Vaccination North-Western Provinces 1866-1877 - 1866-1877
Year: 1866
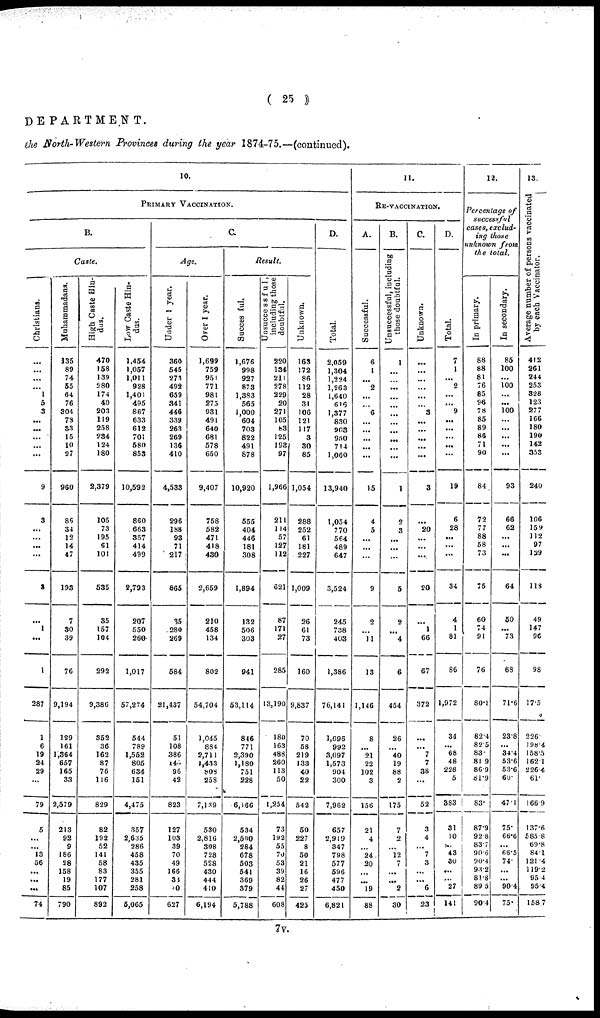
( 25 )
DEPARTMENT.
the North-Western Provinces during the year 1874-75.—(continued).
10.
PRIMARY VACCINATION.
B.
Caste.
Christians.
...
...
...
...
1
5
3
...
...
...
...
...
9
3
...
...
...
...
3
...
1
...
1
287
1
6
19
24
29
...
79
5
...
...
13
56
...
...
...
74
Muhammadans.
135
89
74
55
64
76
304
78
33
15
10
27
960
86
34
12
14
47
193
7
30
39
76
9,194
199
161
1,364
657
165
33
2,579
213
92
9
186
28
158
19
85
790
High Caste Hin-
dus.
470
158
139
280
174
40
203
119
258
234
124
180
2,379
105
73
195
61
101
535
35
157
104
292
9,386
352
36
162
87
76
116
829
82
192
52
141
58
83
177
107
892
Low Caste Hin-
dus.
1,454
1,057
1,011
928
1,401
495
867
633
612
701
580
853
10,592
860
663
357
414
499
2,793
207
550
260
1,017
57,274
544
789
1,552
805
634
151
4,475
357
2,635
286
458
435
355
281
258
5,065
C.
Age.
Under 1 year.
360
545
273
492
659
341
446
339
263
269
136
410
4,533
296
188
93
71
217
865
35
280
269
584
21,437
51
108
386
140
96
42
823
127
103
39
70
49
166
33
40
627
Over 1 year.
1,699
759
951
771
981
275
931
491
640
681
578
650
9,407
758
582
471
418
430
2,659
210
458
134
802
54,704
1,045
884
2,711
1,433
808
258
7,139
530
2,816
308
728
528
430
444
410
6,194
Result.
Succesful.
1,676
998
927
873
1,383
565
1,000
604
703
822
491
878
10,920
555
404
446
181
308
1,894
132
506
303
941
53,114
846
771
2,390
1,180
751
228
6,166
534
2,500
284
678
503
541
369
379
5,788
Unsuccessfu1,
including those
doubtful.
220
134
211
278
229
20
271
105
83
125
193
97
1,966
211
114
57
127
112
621
87
171
27
285
13,190
180
163
488
260
113
50
1,254
73
192
55
70
53
39
82
44
608
Unknown.
163
172
86
112
28
31
106
121
117
3
30
85
1,054
288
252
61
181
227
1,009
26
61
73
160
9,837
70
58
219
133
40
22
542
50
227
8
50
21
16
26
27
425
D.
Total.
2,059
1,304
1,224
1,263
1,640
616
1,377
830
903
950
714
1,060
13,940
1,054
770
564
489
647
3,524
245
738
403
1,386
76,141
1,096
992
3,097
1,573
904
300
7,962
657
2,919
347
798
577
596
477
450
6,821
11.
RE-VACCINATION.
A.
Successful.
6
1
...
2
...
...
6
...
...
...
...
...
15
4
5
...
...
...
9
2
...
11
13
1,146
8
...
21
22
102
3
156
21
4
...
24
20
...
...
19
88
B.
Unsuccessful, including
those doubtful.
1
...
...
...
...
...
...
...
...
...
...
...
1
2
3
...
...
...
5
2
...
4
6
454
26
...
40
19
88
2
175
7
2
...
12
7
...
...
2
30
C.
Unknown.
...
...
...
...
...
...
3
...
...
...
...
...
3
...
20
...
...
...
20
...
1
66
67
372
...
...
7
7
38
...
52
3
4
... 7
3
...
...
6
23
D.
Total.
7
1
... 2
...
...
9
...
...
...
...
...
19
6
28
...
...
...
34
4
1
81
86
1,972
34
...
68
48
228
5
383
31
10
... 43
30
...
...
27
141
12.
Percentage of
successful
cases, exclud-
ing those
unknown from
the total.
In primary.
88
88
81
76
85
96
78
85
89
86
71
90
84
72
77
88
58
73
75
60
74
91
76
80.1
82.4
82.5
83.
81.9
86.9
81.9
83.
87.9
92.8
83.7
90.6
90.4
93.2
81.8
89.5
90.4
In secondary.
85
100
... 100
...
...
100
...
...
...
...
...
93
66
62
...
...
...
64
50
...
73
68
71.6
23.8
...
34.4
53.6
53.6
60.
47.1
75.
66.6
... 66.5
74.
...
...
90.4
75.
13.
Average number of persons vaccinated
by each Vaccinator.
412
261
244
253
328
123
277
166
180
190
142
353
240
106
159
112
97
129
118
49
147
96
98
17.5
226
198.4
158.5
162.1
226.4
61.
166.9
137.6
585.8
69.8
84.1
121.4
119.2
95.4
95.4
158.7
7V.